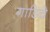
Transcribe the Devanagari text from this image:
गाडिचे